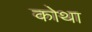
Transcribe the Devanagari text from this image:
कोथा